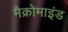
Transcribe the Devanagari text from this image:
मैक्रोमाइंड